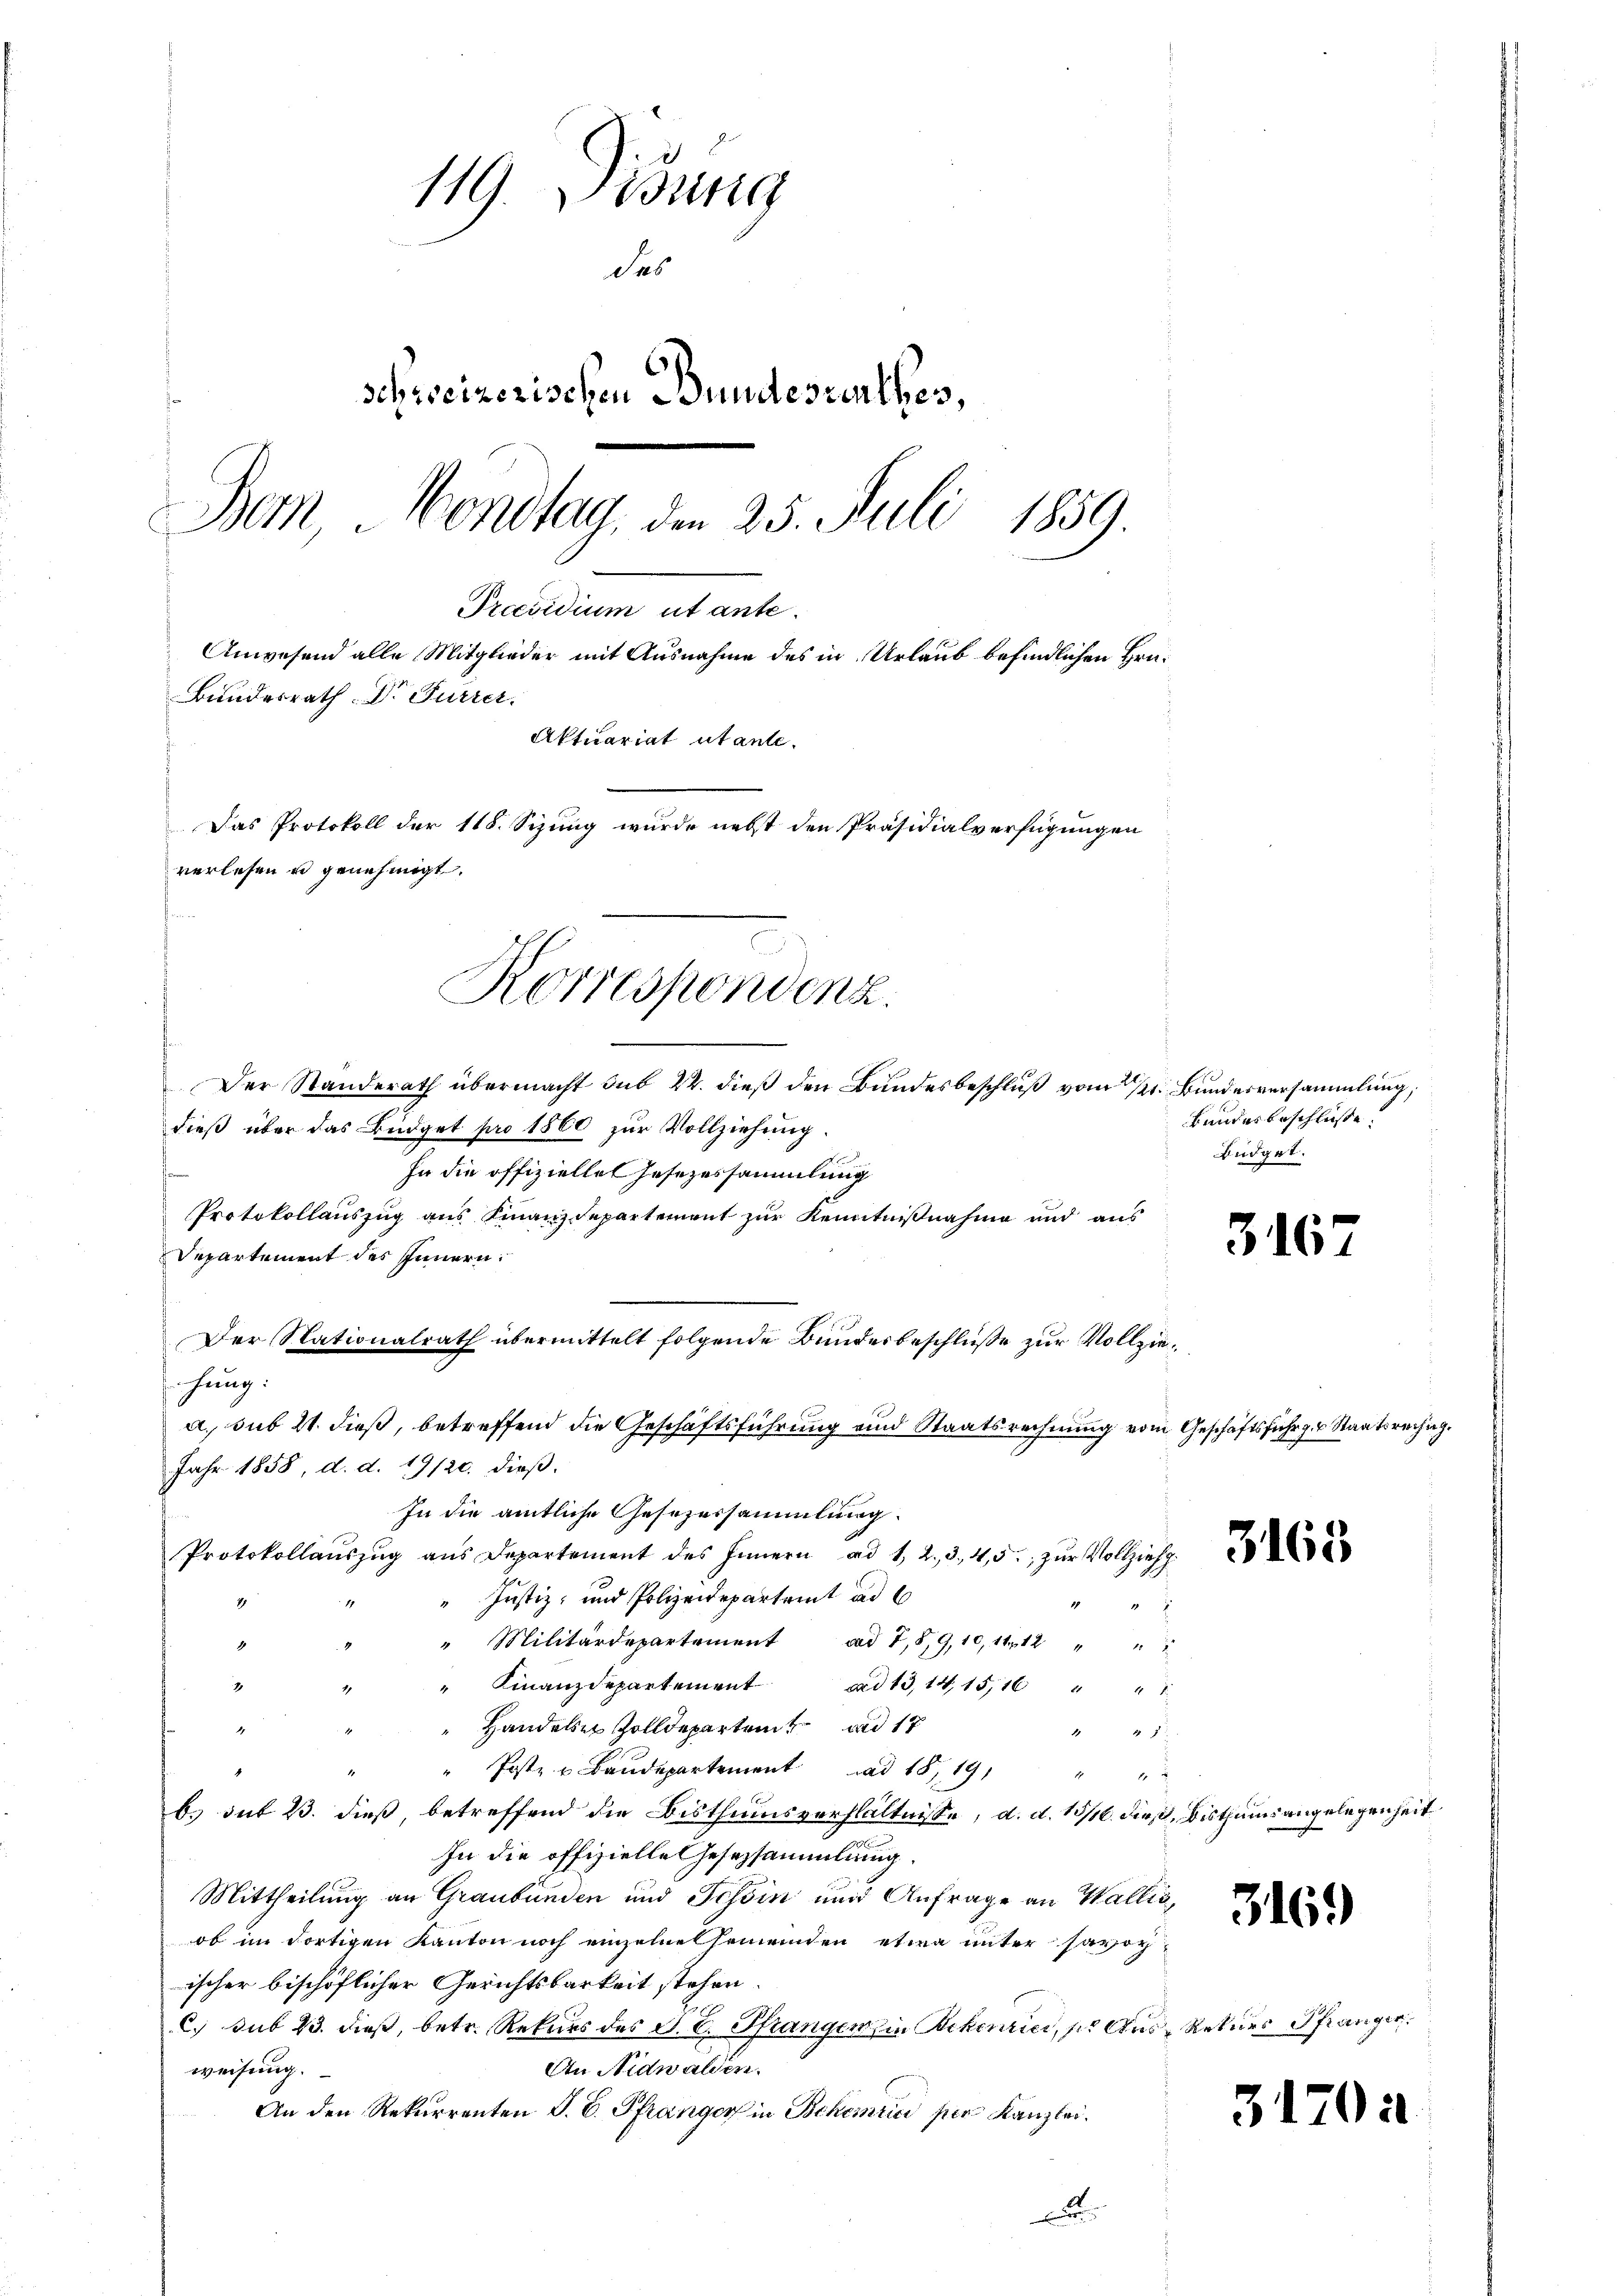
119. Didung
des
schreizerischen Bundesverthes,
1834.
Bem, Vondlag, den 25. Juli
Praesidium ut ante.
Anwesend alle Mitglieder mit Ausnahme des in Urlaub befindlichen Hrn.
Bundesrath Dr Furrer.
Aktuariat utante.
Das Protokoll der 118. Sizung wurde nebst den Präsidialverfügungen
verlesen u genehmigt.
e

Korrespondenz.

Der Standerath übermacht sub 22. dieß den Bundesbeschluß vom 2. Bundesversammlung,
dieß über das Büdget pro 1860 zur Vollziehung.
In die offizielles Gesezessammlung
Protokollauszug aus Finanzdepartement zur Kenntnißnahme und aus
Departement des Innern,
Der Stationalrath übermittelt folgende Bundesbeschlüße zur Vollziehung:
a sub 21. dieß, betreffend die Geschäftsführung und Staatsrechnung vom Geschäftsführ z. Staatsrechng.
Jahr 1858, d. d. 19/20. dieß.
In die amtliche Gesezessammlung
Protokolaŭszŭg aŭs Depart des Innern ad 1, 2, 3, 45. zŭr Vollzieh
Justiz- und Polizeidepartamt ad 6
2
" Militärdepartement ad 7,8,9,10, 11 12 "
2
" Finanzdepartement
aad 13, 14, 15,16 " " 1
Handeln Zolldepartent ad 17
4
2 2 § 2
Post- u Baŭdepartement ad 1819 " "
b) sub 23. dieß betreffend die Bisthumsverhältnisse, d. d. 13/16. dieß, bisthums angelegenheit
In die offizielle Gesezsammlung.
Mittheilung an Graubünden und Tessin und Anfrage an Wallis,
ob im dortigen Kanton noch einzelne Gemeinden etwa unter savoy
ischer bischöflicher Gerichtsbarkeit stehen.
C. sub 23. dieß, betr. Rekurs des P. E. Pfrangen in Bekenrici, ses Aus- Rekurs Pranger,
An Nidwalden.
weisung.
An den Rekurrenten S. E. Pfranger in Schemici per Kanzlei.
d

Bundesbeschlüsse.
Büdget.

316

3169

3

170 a